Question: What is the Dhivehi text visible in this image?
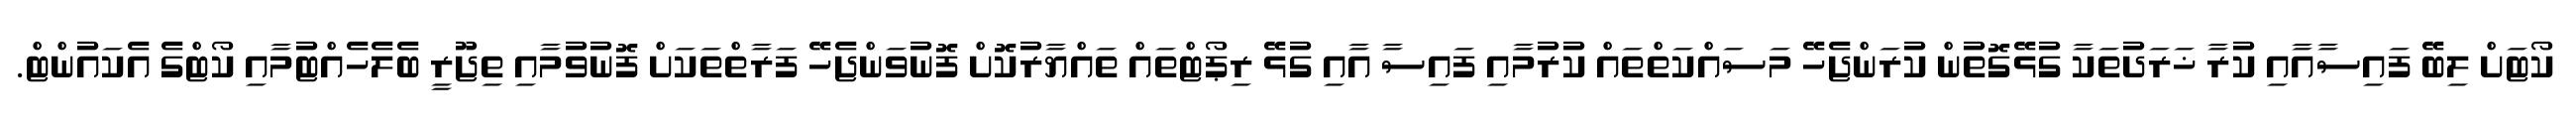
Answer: ކޯޓަށް ލިބޭ ފައިސާއާއި ކުރާ ޚަރަދުތަކާ ގުޅޭގޮތުން ކުރަންޖެހޭ މަސައްކަތްތައް ކުރުމާއި ފައިސާ އާއި ގުޅޭ ރިޕޯޓްތައް ތައްޔާރުކޮށް ފޮނުވަންޖެހޭ ފަރާތްތަކަށް ފޮނުވުމާއި ތިޖޫރީ ބެލެހެއްޓުމާއި ކޯޓްގެ އެކައުންޓް.